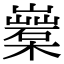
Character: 𣞏